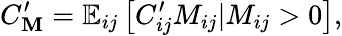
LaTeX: C_{\mathbf{M}}^{\prime}=\mathbb{E}_{ij}\left[C_{ij}^{\prime}M_{ij}\vert M_{ij}>0\right],